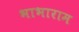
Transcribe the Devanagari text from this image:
भाभाराम